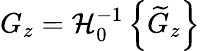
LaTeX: G_{z}=\mathcal{H}_{0}^{-1}\left\{ \widetilde{G}_{z}\right\}